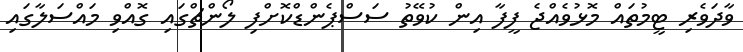
ވާދަވެރި ޓީމުތައް މޮޅުވެއްޖެ ފީފާ އިން ކުވޭތު ސަސްޕެންޑްކޮށްފި ލޯންޗްގައި ގޮއްވި މައްސަލާގައި